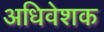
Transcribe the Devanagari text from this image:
अधिवेशक